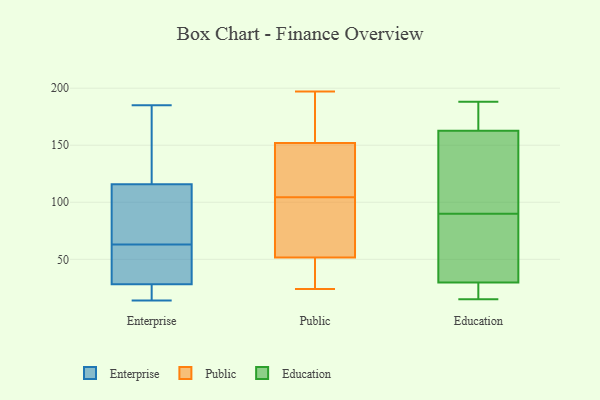
{"axis": {"x": "Temperature (°C)", "y": "Value"}, "legend": ["Education", "Enterprise", "Public"], "data": [{"x": "", "y": 24, "type": "Enterprise"}, {"x": "", "y": 26, "type": "Enterprise"}, {"x": "", "y": 179, "type": "Enterprise"}, {"x": "", "y": 117, "type": "Enterprise"}, {"x": "", "y": 148, "type": "Enterprise"}, {"x": "", "y": 25, "type": "Enterprise"}, {"x": "", "y": 27, "type": "Enterprise"}, {"x": "", "y": 32, "type": "Enterprise"}, {"x": "", "y": 102, "type": "Enterprise"}, {"x": "", "y": 48, "type": "Enterprise"}, {"x": "", "y": 36, "type": "Enterprise"}, {"x": "", "y": 112, "type": "Enterprise"}, {"x": "", "y": 107, "type": "Enterprise"}, {"x": "", "y": 185, "type": "Enterprise"}, {"x": "", "y": 14, "type": "Enterprise"}, {"x": "", "y": 74, "type": "Enterprise"}, {"x": "", "y": 131, "type": "Enterprise"}, {"x": "", "y": 40, "type": "Enterprise"}, {"x": "", "y": 63, "type": "Enterprise"}, {"x": "", "y": 39, "type": "Public"}, {"x": "", "y": 197, "type": "Public"}, {"x": "", "y": 161, "type": "Public"}, {"x": "", "y": 143, "type": "Public"}, {"x": "", "y": 112, "type": "Public"}, {"x": "", "y": 161, "type": "Public"}, {"x": "", "y": 79, "type": "Public"}, {"x": "", "y": 53, "type": "Public"}, {"x": "", "y": 24, "type": "Public"}, {"x": "", "y": 97, "type": "Public"}, {"x": "", "y": 50, "type": "Public"}, {"x": "", "y": 128, "type": "Public"}, {"x": "", "y": 126, "type": "Education"}, {"x": "", "y": 183, "type": "Education"}, {"x": "", "y": 16, "type": "Education"}, {"x": "", "y": 122, "type": "Education"}, {"x": "", "y": 15, "type": "Education"}, {"x": "", "y": 188, "type": "Education"}, {"x": "", "y": 90, "type": "Education"}, {"x": "", "y": 16, "type": "Education"}, {"x": "", "y": 44, "type": "Education"}, {"x": "", "y": 125, "type": "Education"}, {"x": "", "y": 175, "type": "Education"}, {"x": "", "y": 183, "type": "Education"}, {"x": "", "y": 78, "type": "Education"}, {"x": "", "y": 25, "type": "Education"}, {"x": "", "y": 57, "type": "Education"}]}